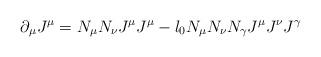
LaTeX: \begin{align*}\partial_{\mu}J^{\mu}=N_{\mu}N_{\nu}J^{\mu} J^{\mu}-l_{0}N_{\mu}N_{\nu}N_{\gamma}J^{\mu}J^{\nu}J^{\gamma}\end{align*}